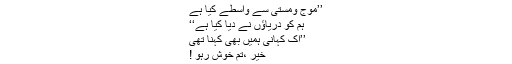
’’موج ومستی سے واسطے کیا ہے
ہم کو دریاؤں نے دیا کیا ہے‘‘
’’اک کہانی ہمیں بھی کہنا تھی
خیر ،تم خوش رہو !